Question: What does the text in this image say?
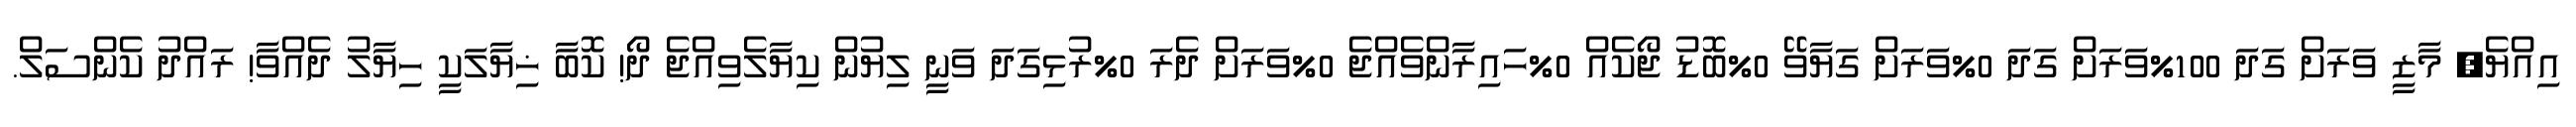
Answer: އިއްޔެ, މާޒީ ވަރަށް ގަދަ 100%ވަރަށް ގަދަ 0%ވަރަށް ގަޔާވޭ 0%ބޮޑު ޖޯކެއް 0%ހައިރާންވެއްޖެ 0%ވަރަށް ދެރަ 0%ރުޅިގަދަ ވަނީ ލިޔުން ކިޔާލެވިއްޖެ ދޯ! ކޮބާ ޚިޔާލަކީ ހިޔާލު ދެއްވާ! ރައްދު ކެންސަލް.